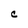
Character: C